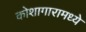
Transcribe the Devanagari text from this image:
कोशागारामध्ये